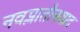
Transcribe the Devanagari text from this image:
नवप्लातौनवाद